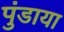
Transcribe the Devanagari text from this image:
पुंडाया